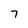
Character: 7